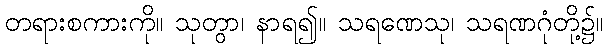
တရားစကားကို။ သုတွာ၊ နာရ၍။ သရဏေသု၊ သရဏဂုံတို့၌။